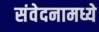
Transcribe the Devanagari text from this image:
संवेदनामध्ये